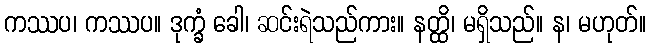
ကဿပ၊ ကဿပ။ ဒုက္ခံ ခေါ၊ ဆင်းရဲသည်ကား။ နတ္ထိ၊ မရှိသည်။ န၊ မဟုတ်။